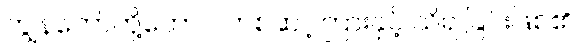
ကျွန်တော်တို့တောင် တစ်ဆင့်ကြားနှင့် သိရ ခြင်းဖြစ်၏။